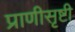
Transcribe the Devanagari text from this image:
प्राणीसृष्टी